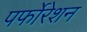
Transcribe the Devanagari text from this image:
पर्फोरेशन